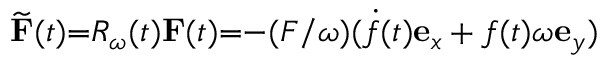
\widetilde { \mathbf { F } } ( t ) { = } \ensuremath { R _ { \omega } } ( t ) \mathbf { F } ( t ) { = } { - } ( F / \omega ) ( \dot { f } ( t ) \mathbf { e } _ { x } + f ( t ) \omega \mathbf { e } _ { y } )